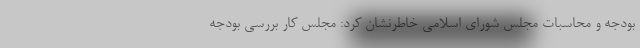
بودجه و محاسبات مجلس شورای اسلامی خاطرنشان کرد: مجلس کار بررسی بودجه